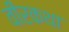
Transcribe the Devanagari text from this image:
वीरकथा